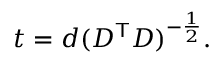
t = d ( D ^ { \mathsf { T } } D ) ^ { - { \frac { 1 } { 2 } } } .